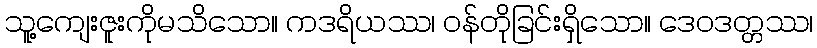
သူ့ကျေးဇူးကိုမသိသော။ ကဒရိယဿ၊ ဝန်တိုခြင်းရှိသော။ ဒေဝဒတ္တဿ၊